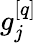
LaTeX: g_{j}^{[q]}